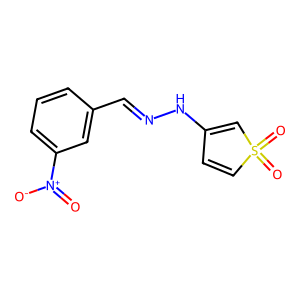
SMILES: O=[N+]([O-])c1cccc(C=NNC2=CS(=O)(=O)C=C2)c1
Inhibits HIV replication: No